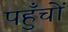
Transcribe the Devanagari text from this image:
पहुँचों